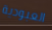
العبودية